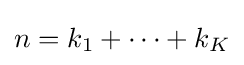
n=k_{1}+\cdots +k_{K}